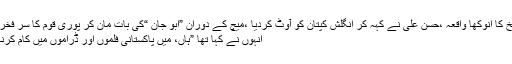
کرکٹ کی تاریخ کا انوکھا واقعہ ،حسن علی نے کہہ کر انگلش کپتان کو آوٹ کردیا ،میچ کے دوران ”ابو جان “کی بات مان کر پوری قوم کا سر فخر سے بلند کردیا
انہوں نے کہا تھا ”ہاں، میں پاکستانی فلموں اور ڈراموں میں کام کرنا پسند کروں گا۔